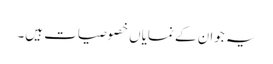
یہ جوان کے نمایاں خصوصیات ہیں۔